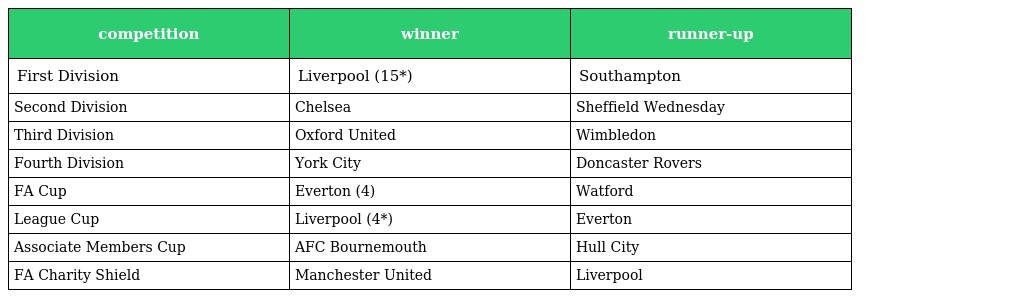
| competition | winner | runner-up |
 | --- | --- | --- |
 | First Division | Liverpool (15*) | Southampton |
 | Second Division | Chelsea | Sheffield Wednesday |
 | Third Division | Oxford United | Wimbledon |
 | Fourth Division | York City | Doncaster Rovers |
 | FA Cup | Everton (4) | Watford |
 | League Cup | Liverpool (4*) | Everton |
 | Associate Members Cup | AFC Bournemouth | Hull City |
 | FA Charity Shield | Manchester United | Liverpool |